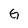
Character: G